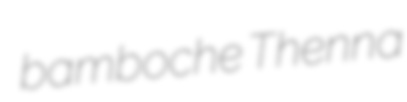
bamboche Thenna